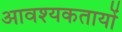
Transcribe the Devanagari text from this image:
आवश्यकतायों